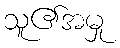
သူ၏အမှု